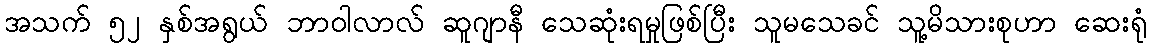
အသက် ၅၂ နှစ်အရွယ် ဘာဝါလာလ် ဆူဂျာနီ သေဆုံးရမှုဖြစ်ပြီး သူမသေခင် သူ့မိသားစုဟာ ဆေးရုံ